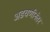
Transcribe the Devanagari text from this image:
अडचणींनंतर